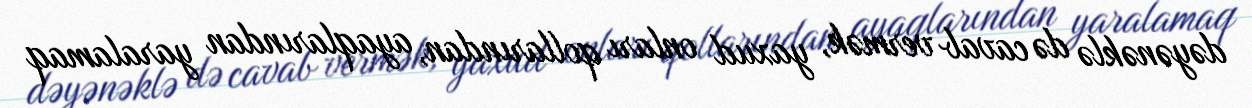
dəyənəklə də cavab vermək, yaxud onları qollarından, ayaqlarından yaralamaq